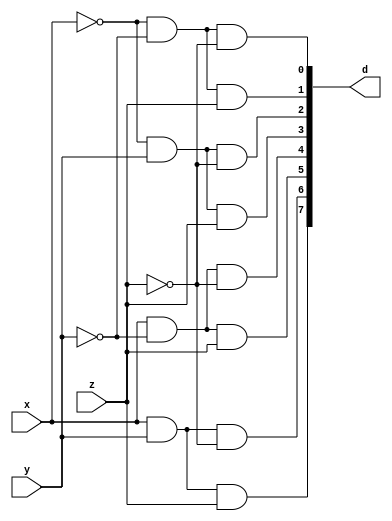
`timescale 1ns / 1ps

module decoder(x,y,z,d);

input x,y,z;
output [7:0] d;
wire nx,ny,nz;

not(nx,x);
not(ny,y);
not(nz,z);

and(d[0],nx,ny,nz);
and(d[1],nx,ny,z);
and(d[2],nx,y,nz);
and(d[3],nx,y,z);
and(d[4],x,ny,nz);
and(d[5],x,ny,z);
and(d[6],x,y,nz);
and(d[7],x,y,z);

endmodule